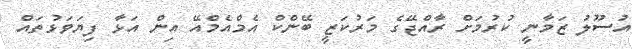
އުސޫލު ޒަމާނީ ކުރުމަށް ރާއްޖޭގެ މަރުކަޒީ ބޭންކް އެމްއެމްއޭ އިން އަޅާ ފިޔަވަޅުތައް